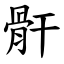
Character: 骭